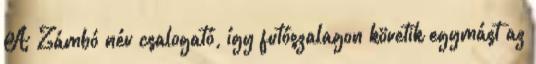
A Zámbó név csalogató, így futószalagon követik egymást az